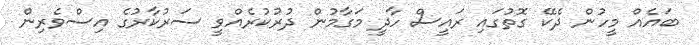
ބައެއް މީހުން ދެކޭ ގޮތުގައި ރައީސް ހާދީ މަގާމުން ދުރުކުރެއްވީ ސަރުކާރުގެ އިސްވެރިން